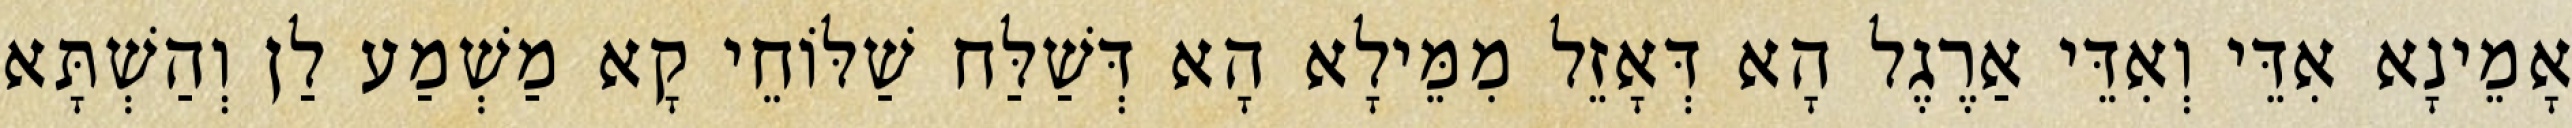
אָמֵינָא אִדֵּי וְאִדֵּי אַרֶגֶל הָא דְּאָזֵל מִמֵּילָא הָא דְּשַׁלַּח שַׁלּוֹחֵי קָא מַשְׁמַע לַן וְהַשְׁתָּא